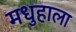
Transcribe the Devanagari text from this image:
मधुहाला